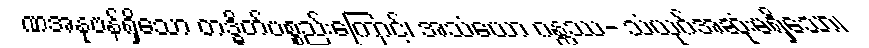
ဏအနုဗန်ရှိသော တဒ္ဓိတ်ပစ္စည်းကြောင့်၊ အသံယော ဂန္တဿ- သံယုဂ်အဆုံးမရှိသော၊